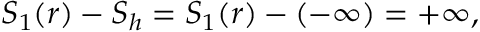
S _ { 1 } ( r ) - S _ { h } = S _ { 1 } ( r ) - ( - \infty ) = + \infty ,